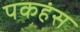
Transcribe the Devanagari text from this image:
पकहंस